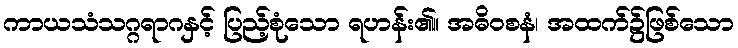
ကာယသံသဂ္ဂရာဂနှင့် ပြည့်စုံသော ရဟန်း၏။ အဓိဝစနံ၊ အထက်၌ဖြစ်သော